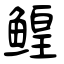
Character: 鳇